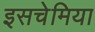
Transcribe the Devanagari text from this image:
इसचेमिया